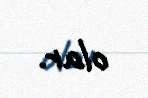
olar.